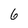
Character: 6